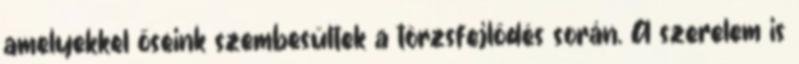
amelyekkel őseink szembesültek a törzsfejlődés során. A szerelem is